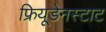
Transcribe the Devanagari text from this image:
फ्रियूडेनस्टाट